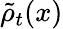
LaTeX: \tilde{\rho}_{t}(x)